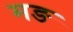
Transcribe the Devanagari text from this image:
मङ